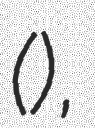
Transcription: (四谷怪談),